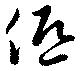
低